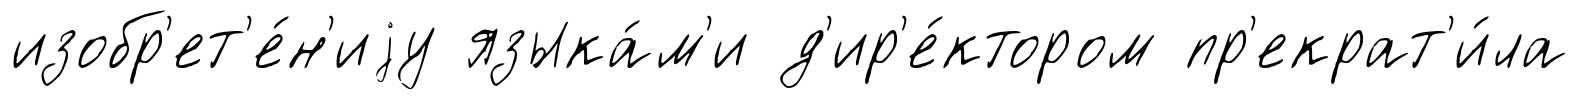
изобр'ет'е́н'иjу языка́м'и д'ир'е́ктором пр'екрат'и́ла